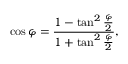
\cos \varphi = \frac { 1 - \tan ^ { 2 } \frac { \varphi } { 2 } } { 1 + \tan ^ { 2 } \frac { \varphi } { 2 } } ,